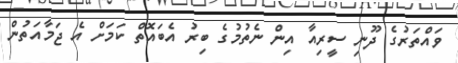
ވައްތަރުގެ ދޫނި ސީރިއާ އިން ނެތުމުގެ ބިރު އެބައޮތް ކަމަށް އެ ޖަމާއަތުން